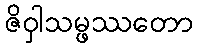
ဇိဝှါသမ္ဖဿတော